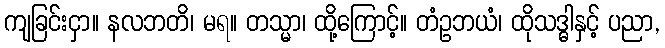
ကျခြင်းငှာ။ နလဘတိ၊ မရ။ တသ္မာ၊ ထို့ကြောင့်။ တံဥဘယံ၊ ထိုသဒ္ဓါနှင့် ပညာ,